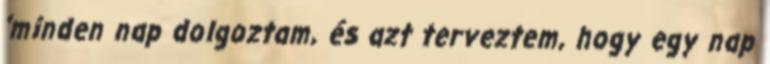
'minden nap dolgoztam, és azt terveztem, hogy egy nap